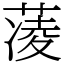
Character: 蓤